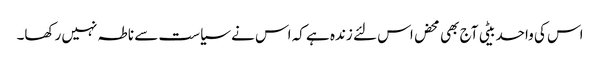
اس کی واحد بیٹی آج بھی محض اس لئے زندہ ہے کہ اس نے سیاست سے ناطہ نہیں رکھا۔